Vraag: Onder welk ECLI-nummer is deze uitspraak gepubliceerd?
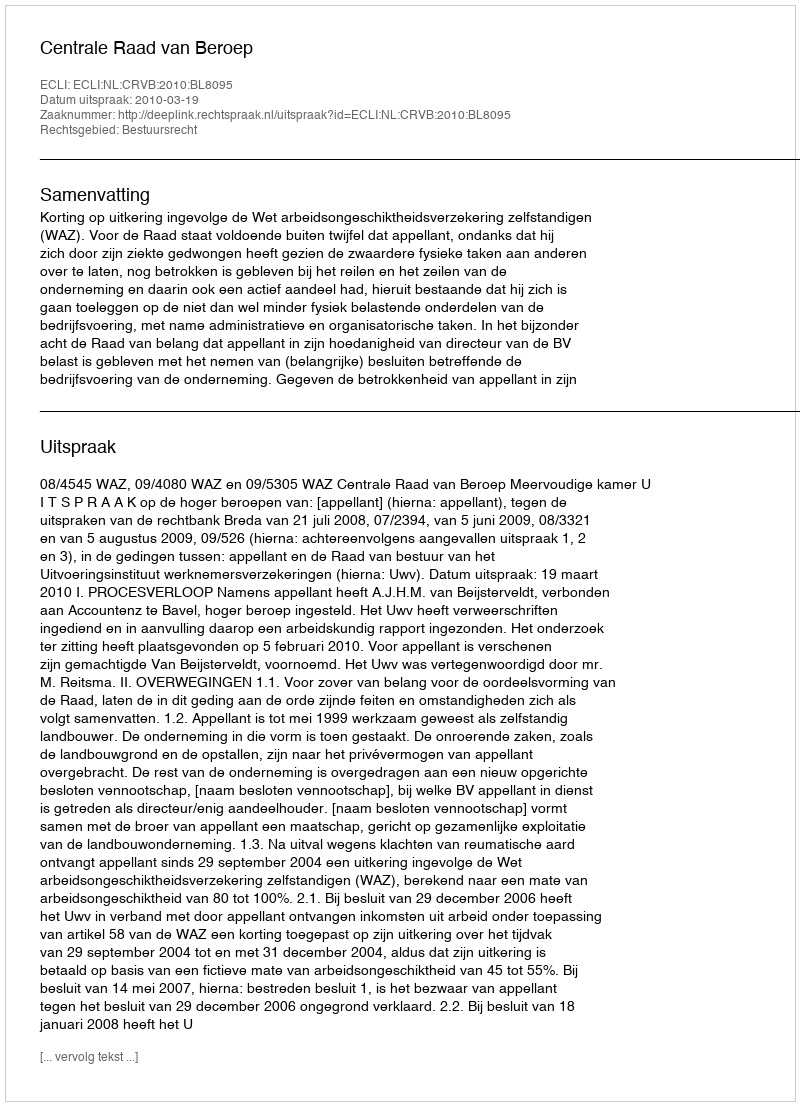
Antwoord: ECLI:NL:CRVB:2010:BL8095